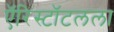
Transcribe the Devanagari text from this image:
ऍरिस्टॉटलला